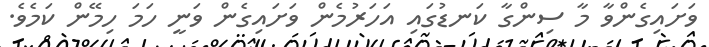
ވަށައިގެންވާ މާ ސިންގާ ކަނޑުގައި އަހަރުމެން ވަށައިގެން ވަނީ ހަމަ ހިމޭން ކަމެވެ.